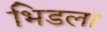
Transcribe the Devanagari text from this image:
भिडला